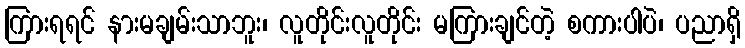
ကြားရရင် နားမချမ်းသာဘူး၊ လူတိုင်းလူတိုင်း မကြားချင်တဲ့ စကားပါပဲ၊ ပညာရှိ